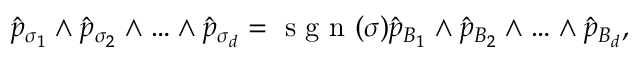
\hat { p } _ { \sigma _ { 1 } } \wedge \hat { p } _ { \sigma _ { 2 } } \wedge \ldots \wedge \hat { p } _ { \sigma _ { d } } = \textrm { s g n } ( \sigma ) \hat { p } _ { B _ { 1 } } \wedge \hat { p } _ { B _ { 2 } } \wedge \ldots \wedge \hat { p } _ { B _ { d } } ,